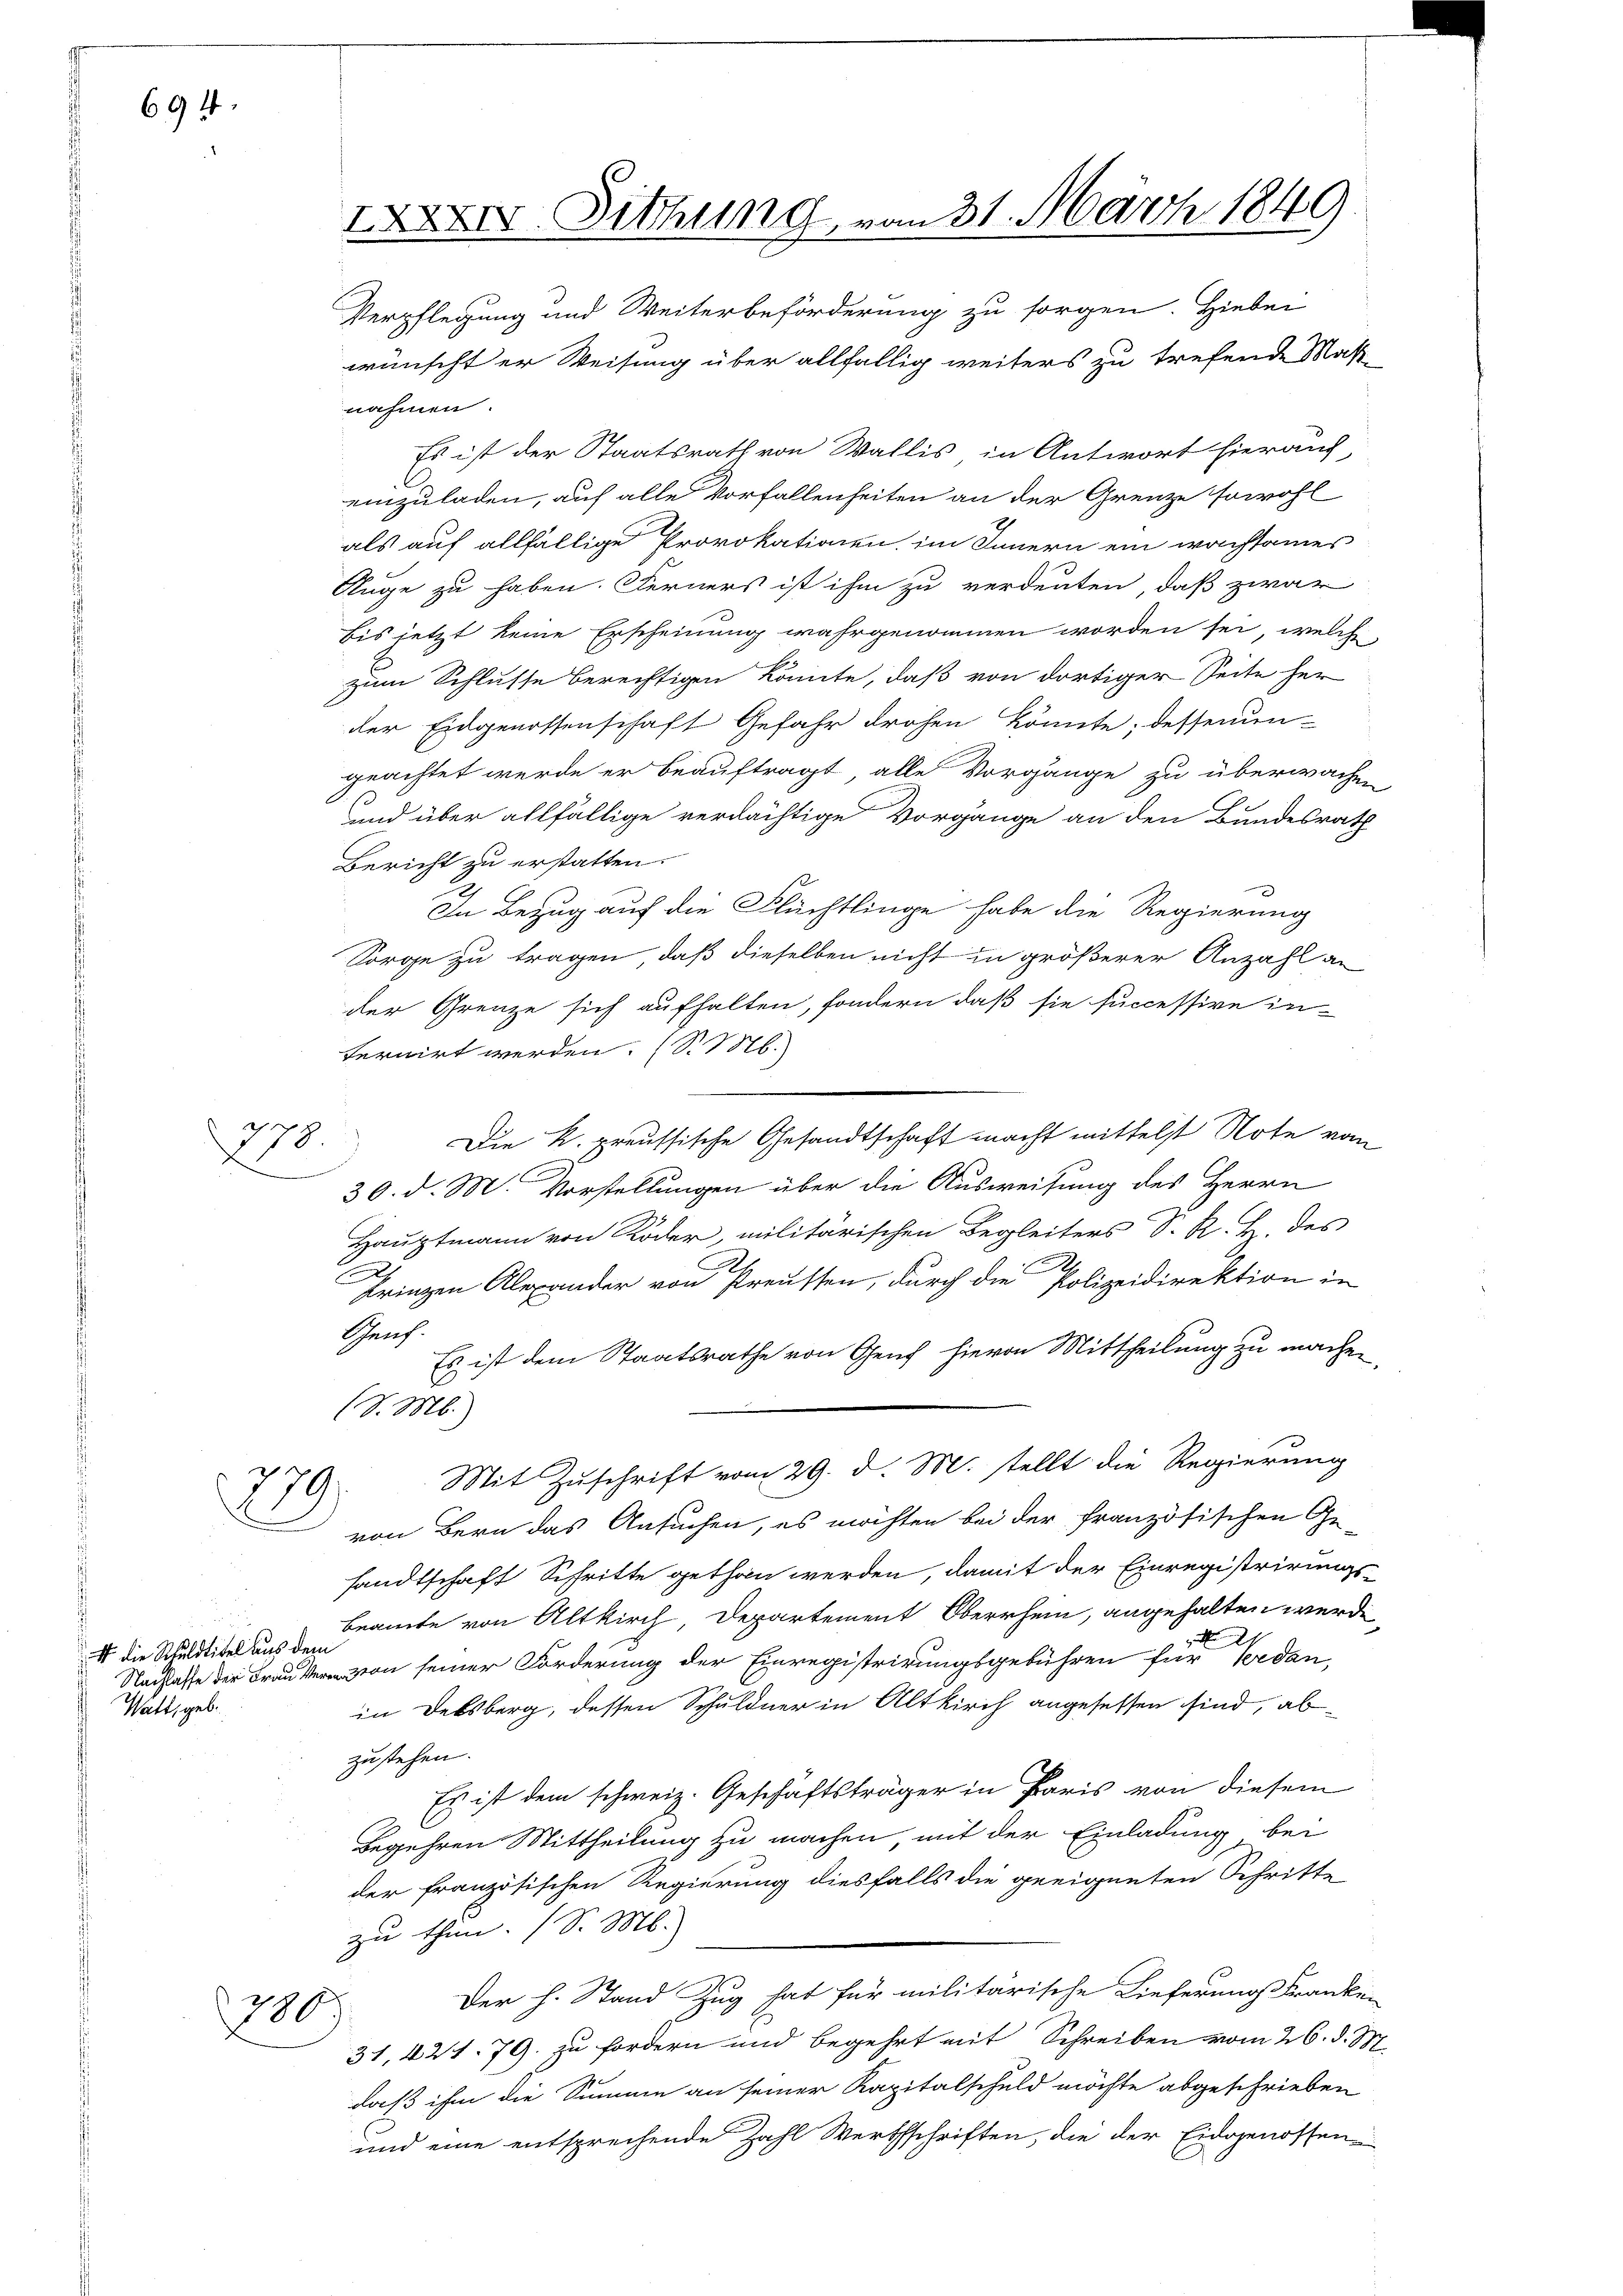
694

779

279

t die Schuldtitel aus dem
Watt, geb.

700

IXXXIV. Sitzung, vom 31. März 1849.
Verpflegung und Weiterbeförderung zu sorgen. Hiebei
wünscht er Weisung über allfällig weiters zu treffende Mat

nahmen.
Es ist der Staatsrath von Wallis in Antwort hierauf,
einzuladen, auf alle Vorfallenheiten an der Grenze sowohl
als auf allfällige Provokationen, im Innern ein wachsamer
Auge zu haben. Ferners ist ihm zu verdeuten, daß zwar
bis jetzt keine Erscheinung wahrgenommen worden sei, welche
zum Schlusse berechtigen könnte, daß von dortiger Seite her
der Eidgenossenschaft Gefahr drohen könnte; dessenun-
geachtet werde er beauftragt, alle Vorgänge zu überwachen
1
und über allfällige verdächtige Vorgänge an den Bundesrath
Bericht zu erstatten.
In Bezug auf die Flüchtlinge habe die Regierung
Sorge zu tragen, daß dieselben nicht in größerer Anzahl an-
der Grenze sich aufhalten, sondern daß sie successive in-
ternirt werden. (S. M.
Die K. preussische Gesandtschaft macht mittelst Note vom
30. d. M. Vorstellungen über die Ausweisung des Herrn
Hauptmann von Röder, militärischen Begleiters S. R. H. des
.
d
Frinzen Alexander von Preussen, durch die Polizeidirektion in
Genf.
Es ist dem Staatsrathe von Genf hievon Mittheilung zu machen,
.
(S. M.)
Mit Zuschrift vom 29. d. M. stellt die Regierung
von Bern das Ansuchen, es möchten bei der französischen Ge-
sandtschaft Schritte gethan werden, damit der Einregistrirungs-
beamte von Altkirch, Departement Oberrhein, angehalten werde,
Nachlasse von seiner Forderung der Einregistrirungsgebühren für Verdan,
in Debsberg, dessen Schuldner in Altkirch angesessen sind, abzustehen.
Es ist dem schweiz. Geschäftsträger in Paris von diesem
Begehren Mittheilung zu machen, mit der Einladung bei
der französischen Regierung diesfalls die geeigneten Schritte
zu thun. (S. M.
Der h. Stand Zug hat für militärische Lieferung Franken
31, 421. 79. zu fordern und begehrt mit Schreiben vom 26. d. M.
daß ihm die Summe an seiner Kapitalschuld möchte abgeschrieben
und eine entsprechende Zahl Werthschriften, die der Eidgenossen